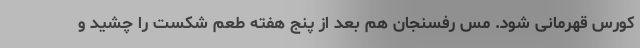
کورس قهرمانی شود. مس رفسنجان هم بعد از پنج هفته طعم شکست را چشید و